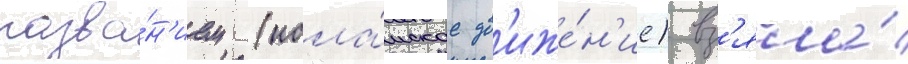
назва́н'ием (исла́мское дв'иже́н'ие) вз'яла́